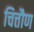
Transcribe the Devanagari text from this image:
चित्तौण